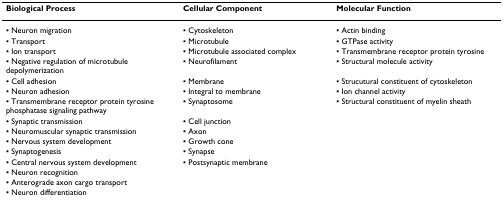
<table><thead><tr><td><b>Biological Process</b></td><td><b>Cellular Component</b></td><td><b>Molecular Function</b></td></tr></thead><tbody><tr><td>▪ Neuron migration</td><td>▪ Cytoskeleton</td><td>▪ Actin binding</td></tr><tr><td>▪ Transport</td><td>▪ Microtubule</td><td>▪ GTPase activity</td></tr><tr><td>▪ Ion transport</td><td>▪ Microtubule associated complex</td><td>▪ Transmembrane receptor protein tyrosine</td></tr><tr><td>▪ Negative regulation of microtubule depolymerization</td><td>▪ Neurofilament</td><td>▪ Structural molecule activity</td></tr><tr><td>▪ Cell adhesion</td><td>▪ Membrane</td><td>▪ Strucutural constituent of cytoskeleton</td></tr><tr><td>▪ Neuron adhesion</td><td>▪ Integral to membrane</td><td>▪ Ion channel activity</td></tr><tr><td>▪ Transmembrane receptor protein tyrosine phosphatase signaling pathway</td><td>▪ Synaptosome</td><td>▪ Structural constituent of myelin sheath</td></tr><tr><td>▪ Synaptic transmission</td><td>▪ Cell junction</td><td></td></tr><tr><td>▪ Neuromuscular synaptic transmission</td><td>▪ Axon</td><td></td></tr><tr><td>▪ Nervous system development</td><td>▪ Growth cone</td><td></td></tr><tr><td>▪ Synaptogenesis</td><td>▪ Synapse</td><td></td></tr><tr><td>▪ Central nervous system development</td><td>▪ Postsynaptic membrane</td><td></td></tr><tr><td>▪ Neuron recognition</td><td></td><td></td></tr><tr><td>▪ Anterograde axon cargo transport</td><td></td><td></td></tr><tr><td>▪ Neuron differentiation</td><td></td><td></td></tr></tbody></table>